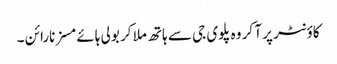
کاؤنٹر پر آ کر وہ پلوی جی سے ہاتھ ملا کر بولی ہائے مسز نارائن ۔